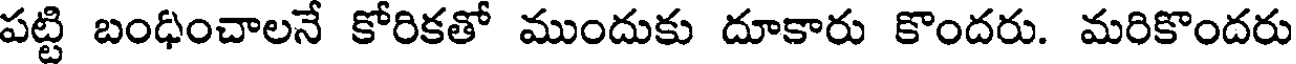
పట్టి బంధించాలనే కోరికతో ముందుకు దూకారు కొందరు. మరికొందరు